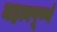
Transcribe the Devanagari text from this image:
महत्वपूर्ण्ण